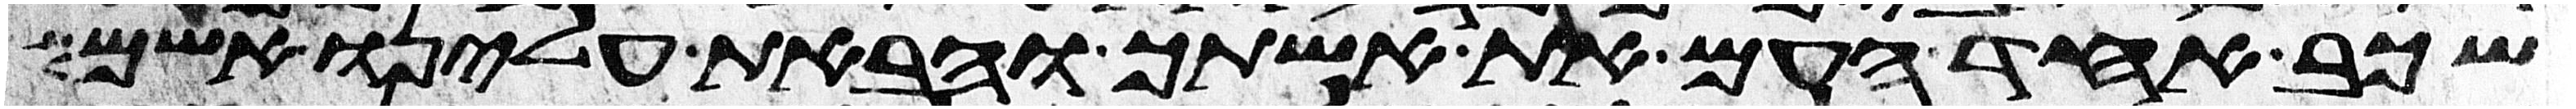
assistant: שכב אחד העם את אשתך והבאת עלינו אשם